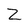
Character: Z